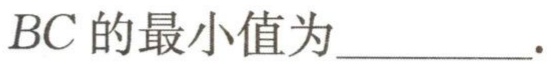
$BC\text{ 的最小值为}\underline{\quad\quad}.$